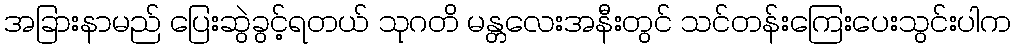
အခြားနာမည် ပြေးဆွဲခွင့်ရတယ် သုဂတိ မန္တလေးအနီးတွင် သင်တန်းကြေးပေးသွင်းပါက